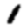
Digit: 1